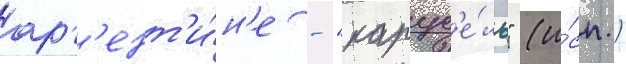
арг'ент'и́н'е - "карус'е́ль" (и́сп.)